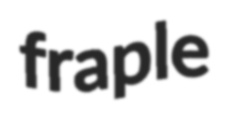
fraple